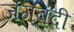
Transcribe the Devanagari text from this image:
जंगबंदी